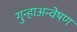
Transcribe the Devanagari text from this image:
गुन्हाअन्वेषण